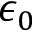
\epsilon _ { 0 }